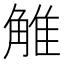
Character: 𧣽